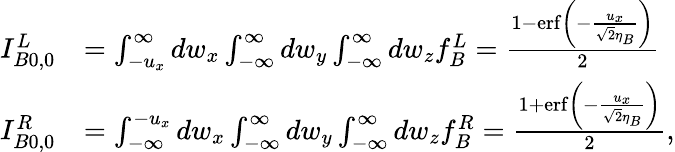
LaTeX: \begin{array}{rl}{I_{B0,0}^{L}}&{=\int_{-u_{x}}^{\infty}dw_{x}\int_{-\infty}^{\infty}dw_{y}\int_{-\infty}^{\infty}dw_{z}f_{B}^{L}=\frac{1-\operatorname{erf}\left(-\frac{u_{x}}{\sqrt{2}\eta_{B}}\right)}{2}}\\ {I_{B0,0}^{R}}&{=\int_{-\infty}^{-u_{x}}dw_{x}\int_{-\infty}^{\infty}dw_{y}\int_{-\infty}^{\infty}dw_{z}f_{B}^{R}=\frac{1+\operatorname{erf}\left(-\frac{u_{x}}{\sqrt{2}\eta_{B}}\right)}{2},}\end{array}